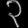
Digit: ၃